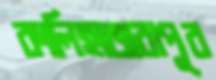
কালিহাজরাপুর